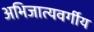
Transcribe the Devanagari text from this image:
अभिजात्यवर्गीय